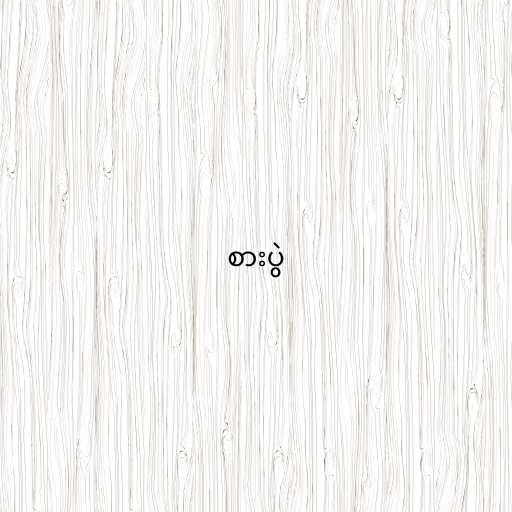
စားပွဲ